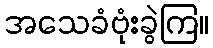
အသေခံဗုံးခွဲကြ။